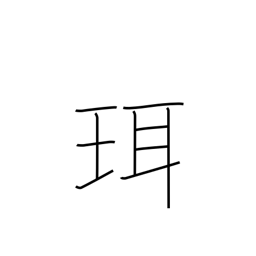
Meaning: hilt